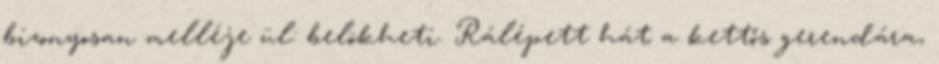
bizonyosan melléje ül: belökheti. Rálépett hát a kettős gerendára,